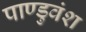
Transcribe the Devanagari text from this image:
पाण्डुवंश